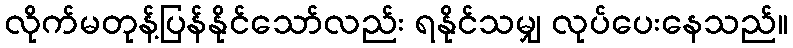
လိုက်မတုန့်ပြန်နိုင်သော်လည်း ရနိုင်သမျှ လုပ်ပေးနေသည်။